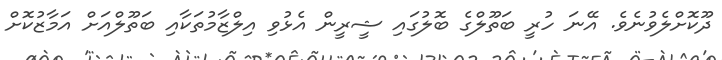
ދޫކޮށްލެވުނެވެ. އޭނަ ހުރީ ބަތޫލްގެ ބޮލުގައި ޝީރީން އެޅުވި އިލްޒާމުތަކާއި ބަތޫލްއަށް އަމާޒުކޮށް